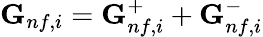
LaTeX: \textbf{G}_{nf,i}=\textbf{G}_{nf,i}^{+}+\textbf{G}_{nf,i}^{-}